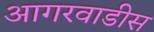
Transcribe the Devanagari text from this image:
आगरवाडीस